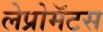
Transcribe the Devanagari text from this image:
लेप्रोमॅटस